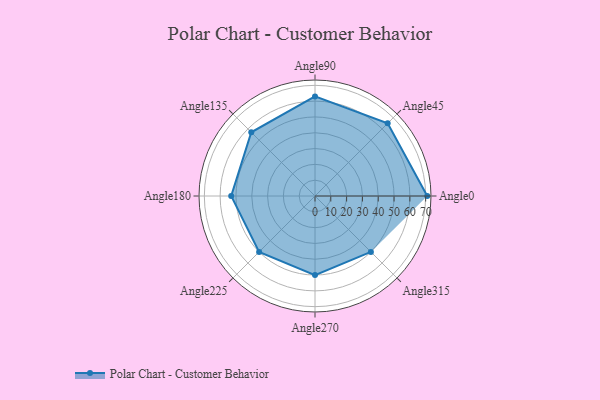
{"axis": {"x": "Angle", "y": "Radius"}, "legend": [""], "data": [{"x": "Angle0", "y": 71.0, "type": ""}, {"x": "Angle45", "y": 65.0, "type": ""}, {"x": "Angle90", "y": 63.0, "type": ""}, {"x": "Angle135", "y": 57.0, "type": ""}, {"x": "Angle180", "y": 53.0, "type": ""}, {"x": "Angle225", "y": 50, "type": ""}, {"x": "Angle270", "y": 50, "type": ""}, {"x": "Angle315", "y": 50, "type": ""}]}